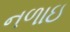
નળાઇ